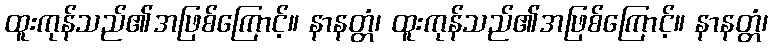
ထူးကုန်သည်၏အဖြစ်ကြောင့်။ နာနတ္တံ၊ ထူးကုန်သည်၏အဖြစ်ကြောင့်။ နာနတ္တံ၊